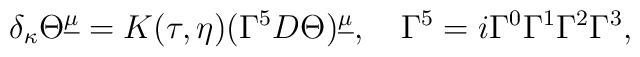
\delta_\kappa\Theta^{\underline\mu}=K(\tau,\eta)(\Gamma^5D\Theta)^{\underline\mu}, \quad\Gamma^5=i\Gamma^0\Gamma^1\Gamma^2\Gamma^3,